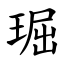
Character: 㻕